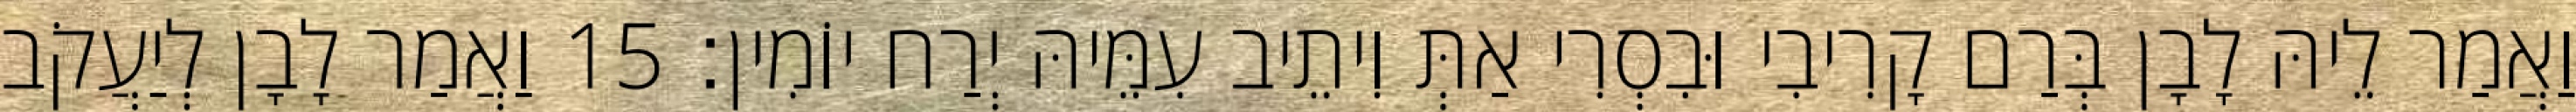
וַאֲמַר לֵיהּ לָבָן בְּרַם קָרִיבִי וּבִסְרִי אַתְּ וִיתֵיב עִמֵּיהּ יְרַח יוֹמִין׃ 15 וַאֲמַר לָבָן לְיַעֲקֹב